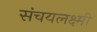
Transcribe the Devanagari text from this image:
संचयलक्ष्मी